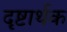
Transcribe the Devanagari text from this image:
दृष्टार्थक